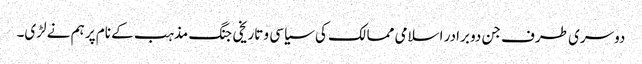
دوسری طرف جن دو برادر اسلامی ممالک کی سیاسی و تاریخی جنگ مذہب کے نام پر ہم نے لڑی۔